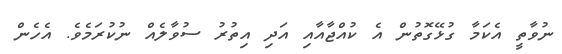
ނުވާތީ އެކަމާ ގުޅޭގޮތުން އެ ކުއްޖާއާއި އަދި އިތުރު ސުވާލެއް ނުކުރަމެވެ. އެހެން